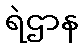
ရဲဌာန